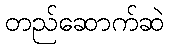
တည်ဆောက်ဆဲ